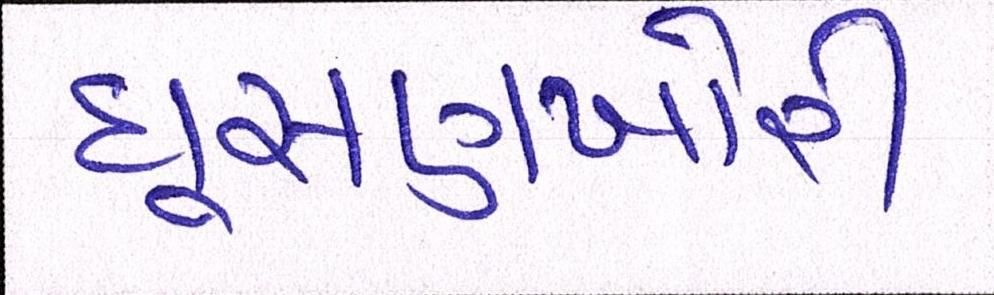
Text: ઘૂષણખોરી